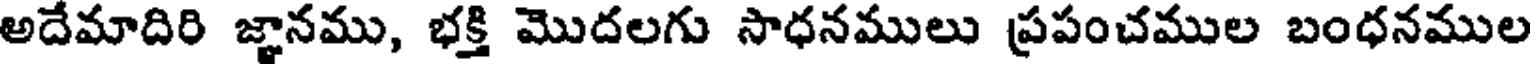
అదేమాదిరి జ్ఞానము, భక్తి మొదలగు సాధనములు ప్రపంచముల బంధనముల